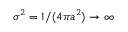
\sigma ^ { 2 } = 1 / ( 4 \pi a ^ { 2 } ) \to \infty